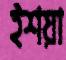
ইশয়া